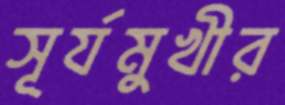
সূর্যমুখীর